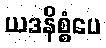
ယဒနိစ္စံပေ